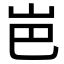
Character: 岜